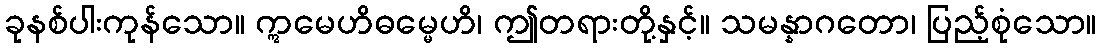
ခုနစ်ပါးကုန်သော။ ဣမေဟိဓမ္မေဟိ၊ ဤတရားတို့နှင့်။ သမန္နာဂတော၊ ပြည့်စုံသော။